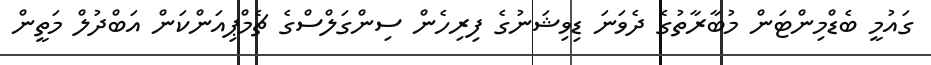
ގައުމީ ބެޑްމިންޓަން މުބާރާތުގެ ދެވަނަ ޑިވިޝަނުގެ ފިރިހެން ސިންގަލްސްގެ ޗެމްޕިއަންކަން އަބްދުލް މަތީން